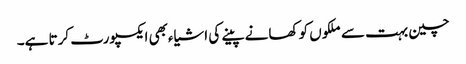
چین بہت سے ملکوں کو کھانے پینے کی اشیاءبھی ایکسپورٹ کرتا ہے۔